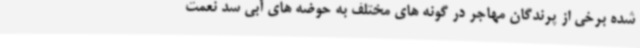
شده برخی از پرندگان مهاجر در گونه های مختلف به حوضه های آبی سد نعمت